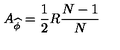
A _ { \widehat { \phi } } = \frac { 1 } { 2 } R \frac { N - 1 } { N }